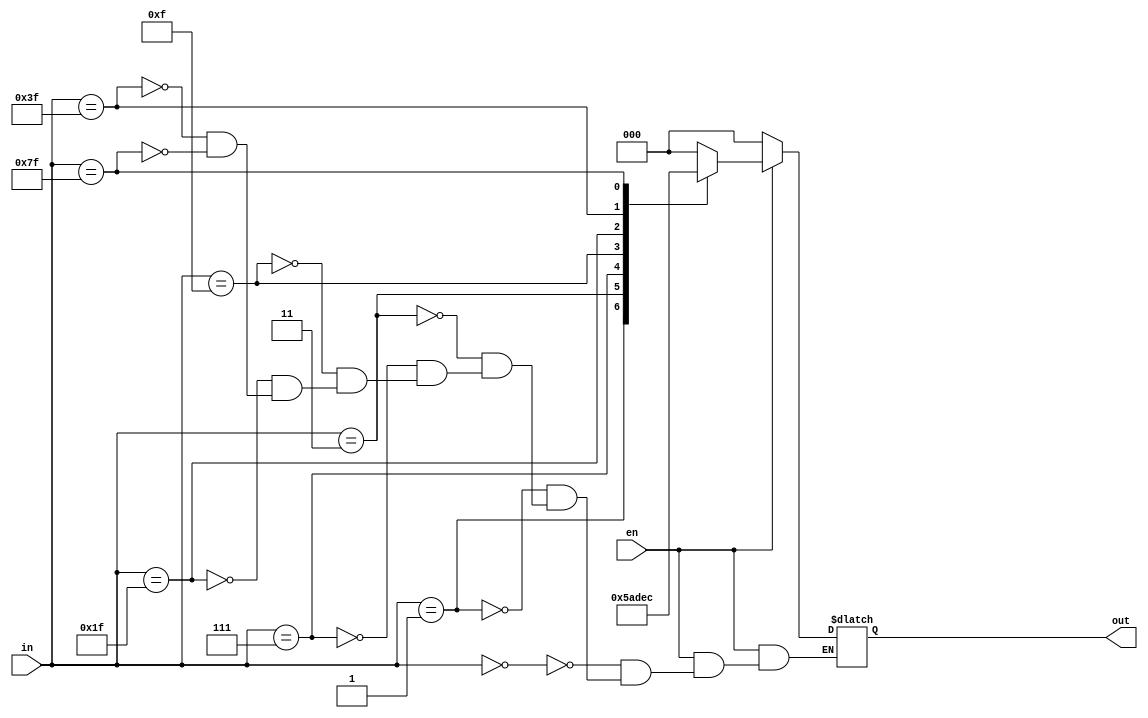
`timescale 1ns / 1ps

module encoder8to3(
	input [6:0] in, //7bit Thermometer code
	input en,
	output reg [2:0] out //3bit Gray Code
    );
	 
	 always @(*) //When related value is changed
	 begin
		if(!en)
			out = 3'b000; //Disable Signal
		else
			case(in) //Encoder Table
				7'b0000000	:	out = 3'b000;
				7'b0000001	:	out = 3'b001;
				7'b0000011	:	out = 3'b011;
				7'b0000111	:	out = 3'b010;
				7'b0001111	:	out = 3'b110;
				7'b0011111	:	out = 3'b111;
				7'b0111111	:	out = 3'b101;
				7'b1111111	:	out = 3'b100;
			endcase
		end
endmodule